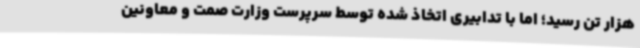
هزار تن رسید؛ اما با تدابیری اتخاذ شده توسط سرپرست وزارت صمت و معاونین